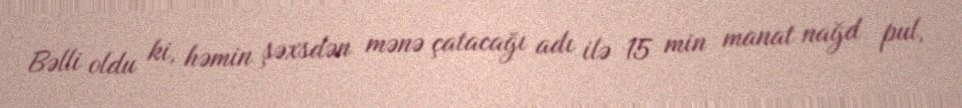
Bəlli oldu ki, həmin şəxsdən mənə çatacağı adı ilə 15 min manat nağd pul,